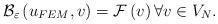
LaTeX: \begin{align*} {\mathcal{B}}_{\varepsilon}\left( u_{FEM},v\right) ={\mathcal{F}}\left( v\right) \forall v \in V_N. \end{align*}